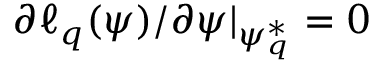
\partial { \ell _ { q } ( \psi ) } / \partial { \psi } | _ { \psi _ { q } ^ { * } } = 0